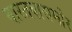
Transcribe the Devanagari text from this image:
वास्तवासमोर